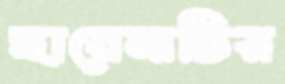
হায়েনাটির